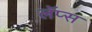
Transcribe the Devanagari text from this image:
लॅप्स